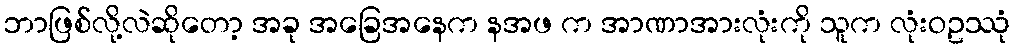
ဘာဖြစ်လို့လဲဆိုတော့ အခု အခြေအနေက နအဖ က အာဏာအားလုံးကို သူက လုံးဝဥဿုံ